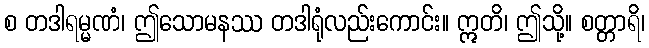
စ တဒါရမ္မဏံ၊ ဤသောမနဿ တဒါရုံလည်းကောင်း။ ဣတိ၊ ဤသို့။ စတ္တာရိ၊